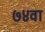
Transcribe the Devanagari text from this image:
७४वा